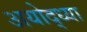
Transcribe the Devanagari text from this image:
अयोद्ध्या